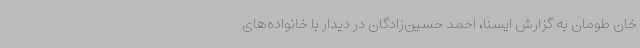
خان طومان به گزارش ایسنا، احمد حسین‌زادگان در دیدار با خانواده‌های